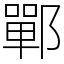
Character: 鄲